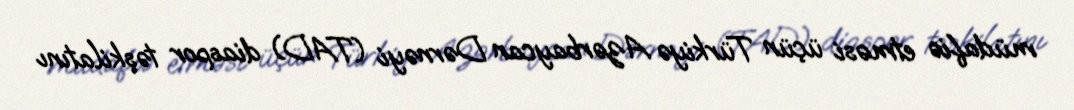
müdafiə etməsi üçün Türkiyə Azərbaycan Dərnəyi (TAD) diaspor təşkilatını